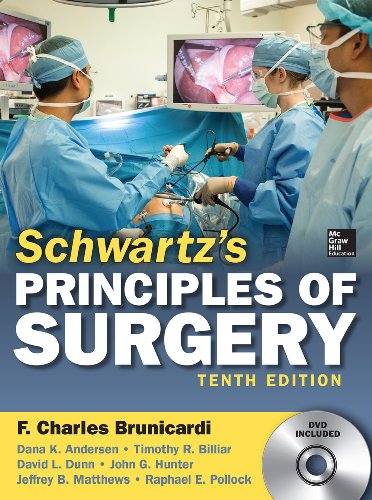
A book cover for Schwartz's Principles of Surgery, 10th edition (DVD Included); F. Brunicardi; Medical Books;